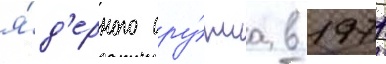
я́д'ерного ору́жиа в 1971